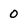
Character: 0